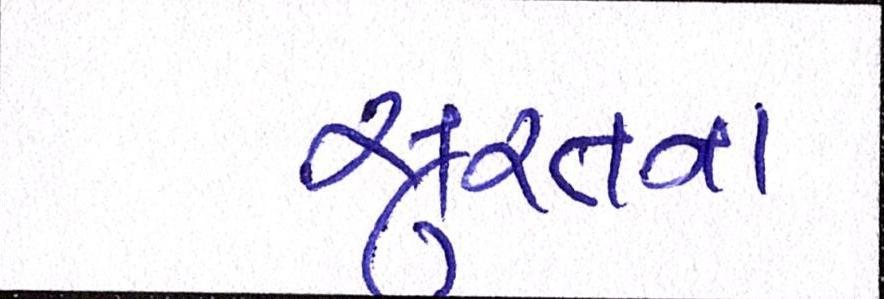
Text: સુરતના